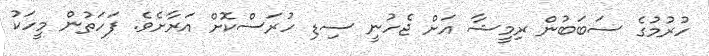
ހުރުމުގެ ސަބަބުން ރިމީޝާ އަށް ޖެހުނީ ސިޑި ހުރަސްކޮށް އަރާށެވެ. ފަހަތުން މީހަކު